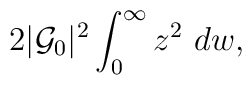
2 |{\cal G}_{0}|^2 \int_{0}^{\infty} z^2 ~dw,